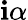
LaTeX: \mathbf{i}\alpha